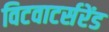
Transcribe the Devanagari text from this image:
विटवाटर्सरेंड